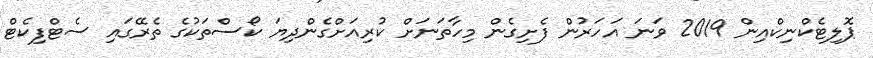
ޕޮލިޓެކްނިކްއިން 2019 ވަނަ އަހަރުން ފެށިގެން މިހާތަނަށް ކުރިއަށްގެންދިޔަ ކޯސްތަކުގެ ތެރޭގައި ސެޓްފިކެޓް